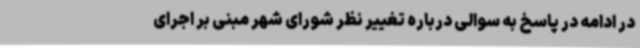
در ادامه در پاسخ به سوالی درباره تغییر نظر شورای شهر مبنی بر اجرای